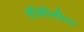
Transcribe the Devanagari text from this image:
हॉकीतील